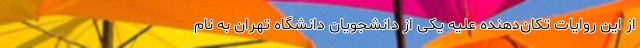
از این روایات تکان‌دهنده علیه یکی از دانشجویان دانشگاه تهران به نام